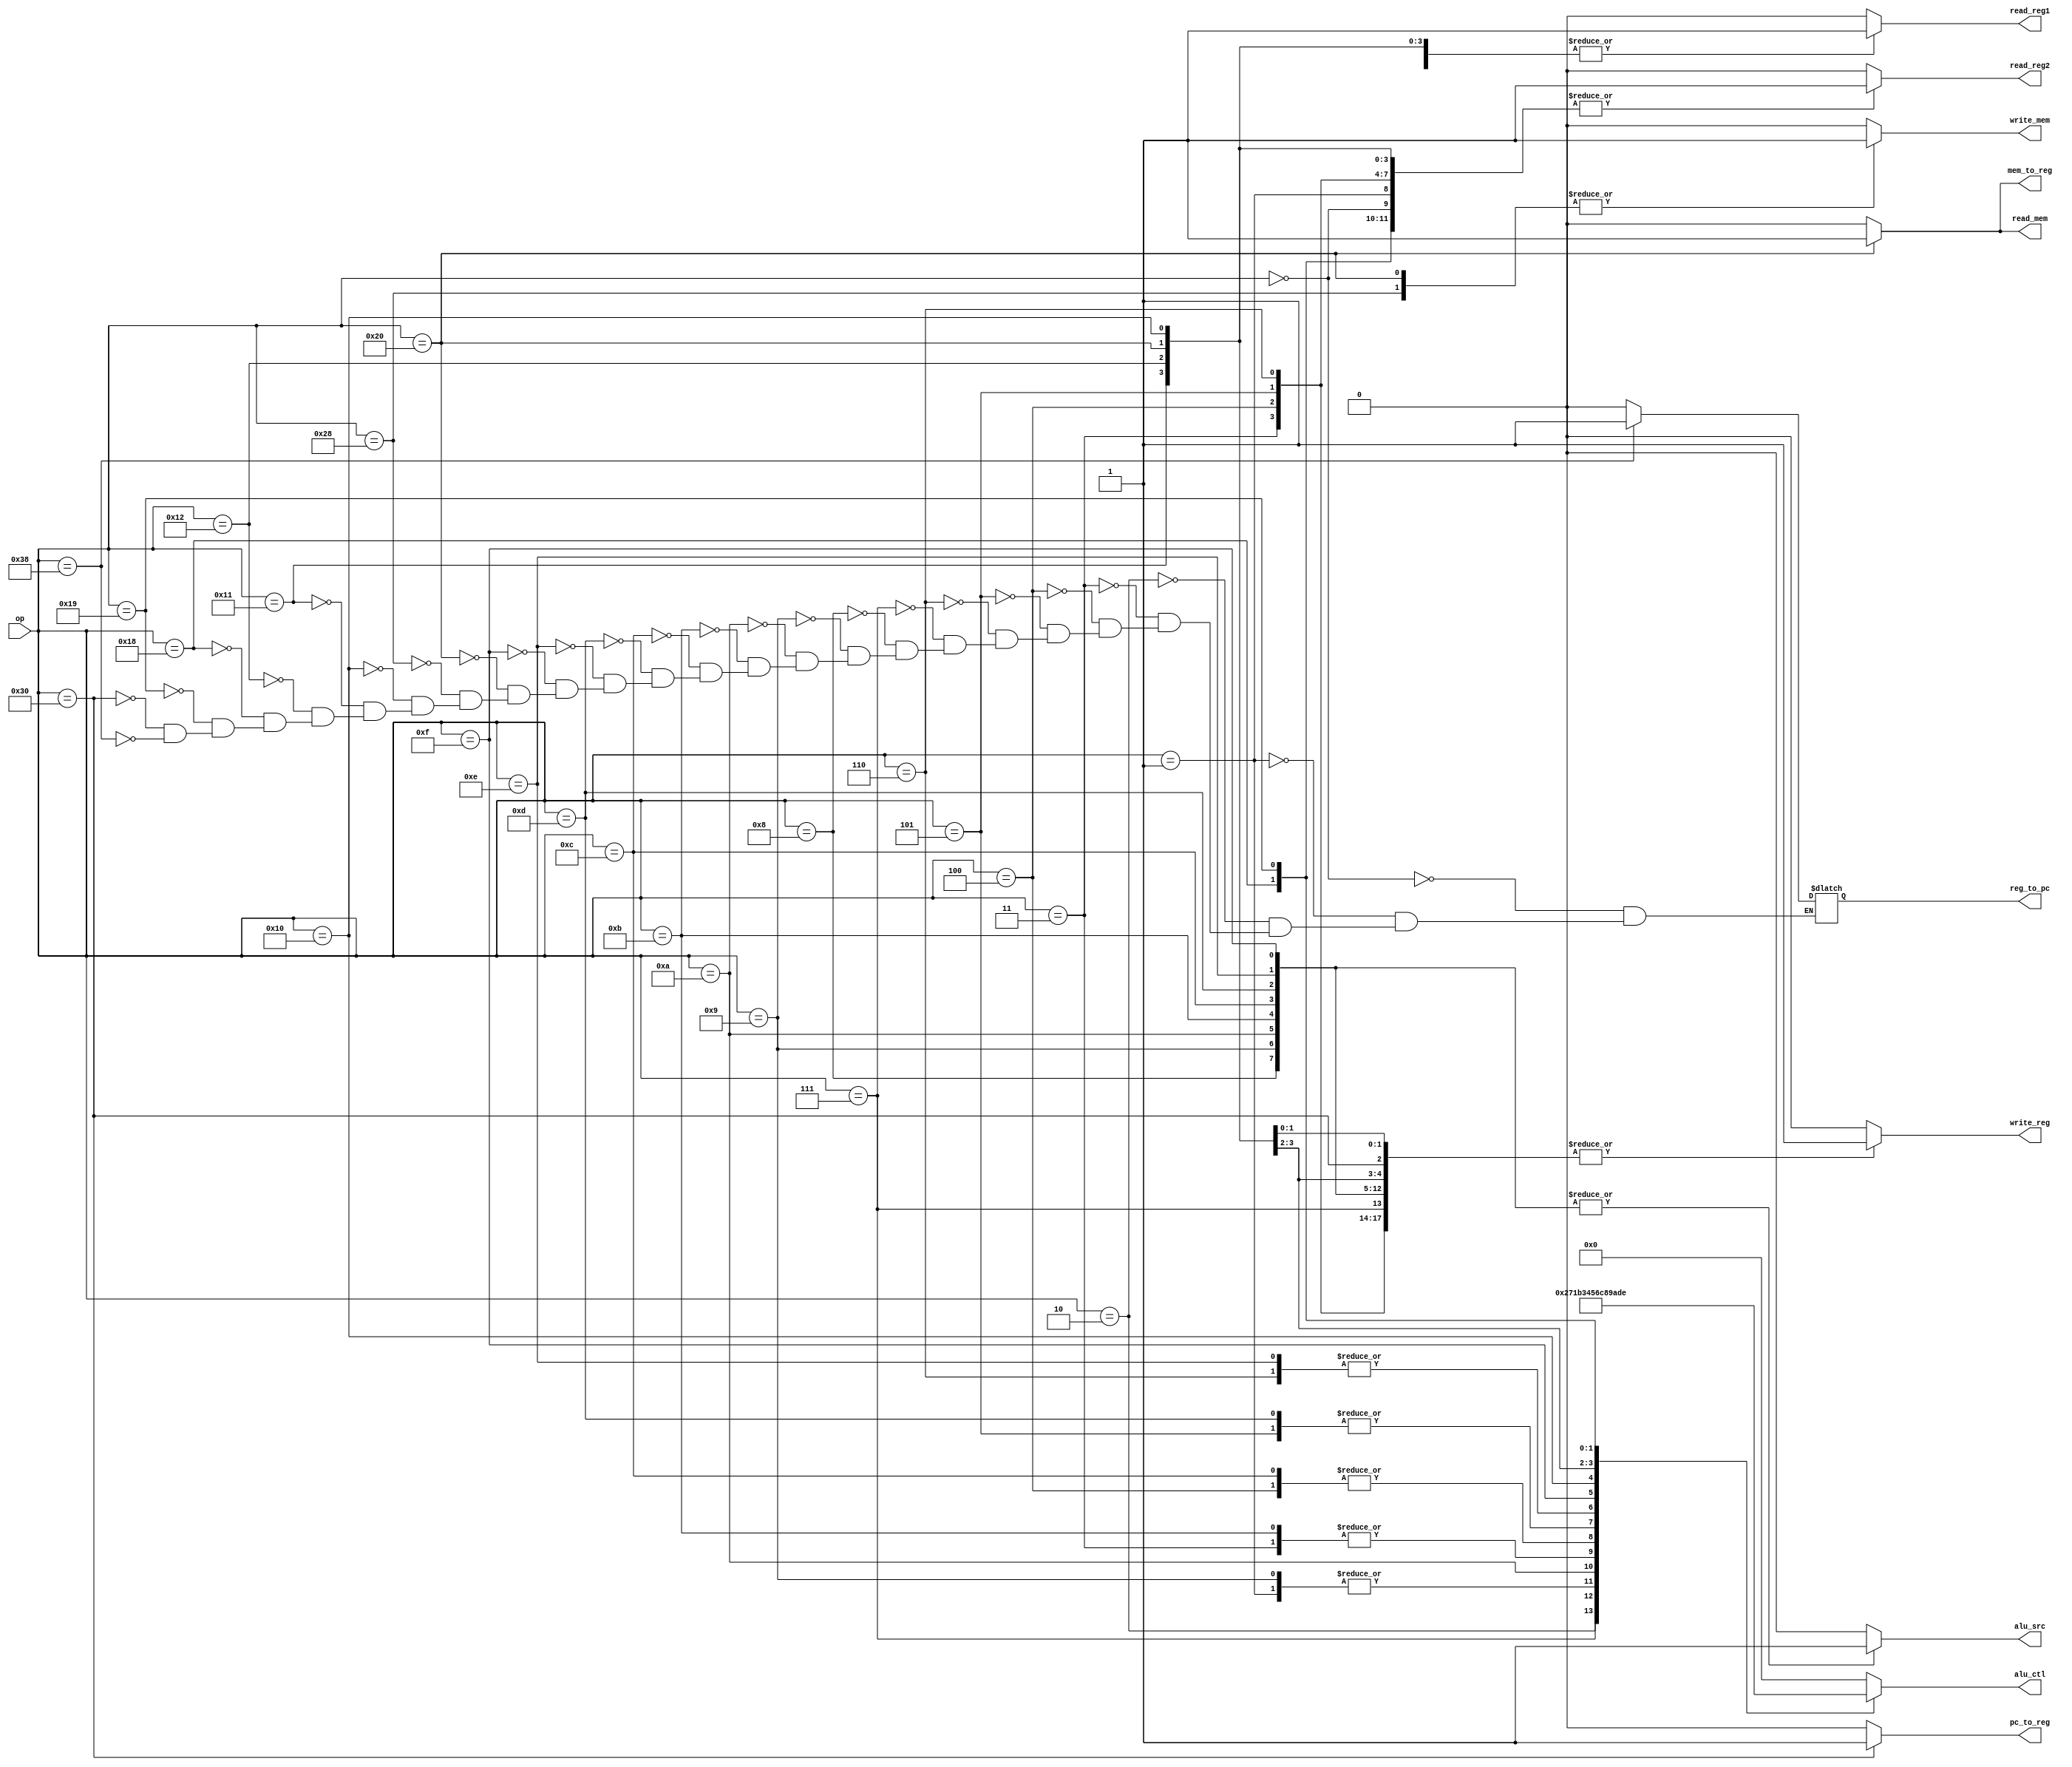
`timescale 1ns / 1ps

module control(
    op,
    read_reg1,
    read_reg2,
    write_reg,
    read_mem,
    write_mem,
    mem_to_reg,
    pc_to_reg,
    reg_to_pc,
    alu_src,
    alu_ctl
    );
    
input wire [5:0] op;        // to be decoded opcode
output reg read_reg1;       // pops the one top register of the stacks
output reg read_reg2;       // pops the two top register of the stacks
output reg write_reg;       // pushes the value
output reg read_mem;        // loads the value from memory
output reg write_mem;       // store the value to memory
output reg mem_to_reg;      // which result to be pushed in stack (0:alu result 1:the value stored in memory)
output reg pc_to_reg;       // store the pc value to register
output reg reg_to_pc;       // pops the top of the stack and stores it in the PC
output reg alu_src;         // register value or immediate value
output reg [3:0] alu_ctl;   // control alu
    
parameter ADD = 6'b000000;
parameter SUB = 6'b000001;
parameter NEG = 6'b000010;
parameter MULT = 6'b000011;
parameter AND = 6'b000100;
parameter OR = 6'b000101;
parameter XOR = 6'b000110;
parameter NOT = 6'b000111;
    
parameter ADDI = 6'b001000;
parameter SUBI = 6'b001001;
parameter NEGI = 6'b001010;
parameter MULTI = 6'b001011;
parameter ANDI = 6'b001100;
parameter ORI = 6'b001101;
parameter XORI = 6'b001110;
parameter NOTI = 6'b001111;

parameter PUSH = 6'b100000;

parameter POP = 6'b101000;

parameter EQ = 6'b010000;
parameter GT = 6'b010001;
parameter LEQ = 6'b010010;

parameter BRANCH_ZERO = 6'b011000;
parameter BRANCH_NZERO = 6'b011001;

parameter PUSH_PC = 6'b110000;

parameter POP_PC = 6'b111000;


always @(op) begin
    case(op)
    ADD : begin
        read_reg1 = 1;
        read_reg2 = 1;
        write_reg = 1;
        read_mem = 0;
        write_mem = 0;
        mem_to_reg = 0;
        pc_to_reg = 0;
        reg_to_pc = 0;
        alu_src = 0;
        alu_ctl = 4'b0000;
    end
    SUB : begin
        read_reg1 = 1;
        read_reg2 = 1;
        write_reg = 1;
        read_mem = 0;
        write_mem = 0;
        mem_to_reg = 0;
        pc_to_reg = 0;
        reg_to_pc = 0;
        alu_src = 0;
        alu_ctl = 4'b0001;
    end
    NEG : begin
        read_reg1 = 1;
        read_reg2 = 0;
        write_reg = 1;
        read_mem = 0;
        write_mem = 0;
        mem_to_reg = 0;
        pc_to_reg = 0;
        reg_to_pc = 0;
        alu_src = 0;
        alu_ctl = 4'b0010;
    end
    MULT : begin
        read_reg1 = 1;
        read_reg2 = 1;
        write_reg = 1;
        read_mem = 0;
        write_mem = 0;
        mem_to_reg = 0;
        pc_to_reg = 0;
        reg_to_pc = 0;
        alu_src = 0;
        alu_ctl = 4'b0011;
    end
    AND : begin
        read_reg1 = 1;
        read_reg2 = 1;
        write_reg = 1;
        read_mem = 0;
        write_mem = 0;
        mem_to_reg = 0;
        pc_to_reg = 0;
        reg_to_pc = 0;
        alu_src = 0;
        alu_ctl = 4'b0100;
    end
    OR : begin
        read_reg1 = 1;
        read_reg2 = 1;
        write_reg = 1;
        read_mem = 0;
        write_mem = 0;
        mem_to_reg = 0;
        pc_to_reg = 0;
        reg_to_pc = 0;
        alu_src = 0;
        alu_ctl = 4'b0101;
    end
    XOR : begin
        read_reg1 = 1;
        read_reg2 = 1;
        write_reg = 1;
        read_mem = 0;
        write_mem = 0;
        mem_to_reg = 0;
        pc_to_reg = 0;
        reg_to_pc = 0;
        alu_src = 0;
        alu_ctl = 4'b0110;
    end
    NOT : begin
        read_reg1 = 1;
        read_reg2 = 0;
        write_reg = 1;
        read_mem = 0;
        write_mem = 0;
        mem_to_reg = 0;
        pc_to_reg = 0;
        reg_to_pc = 0;
        alu_src = 0;
        alu_ctl = 4'b0111;
    end
    
    
    ADDI : begin
        read_reg1 = 1;
        read_reg2 = 0;
        write_reg = 1;
        read_mem = 0;
        write_mem = 0;
        mem_to_reg = 0;
        pc_to_reg = 0;
        reg_to_pc = 0;
        alu_src = 1;
        alu_ctl = 4'b0000;
    end
    SUBI: begin
        read_reg1 = 1;
        read_reg2 = 0;
        write_reg = 1;
        read_mem = 0;
        write_mem = 0;
        mem_to_reg = 0;
        pc_to_reg = 0;
        reg_to_pc = 0;
        alu_src = 1;
        alu_ctl = 4'b0001;
    end
    NEGI : begin
        read_reg1 = 0;
        read_reg2 = 0;
        write_reg = 1;
        read_mem = 0;
        write_mem = 0;
        mem_to_reg = 0;
        pc_to_reg = 0;
        reg_to_pc = 0;
        alu_src = 1;
        alu_ctl = 4'b1011;
    end
    MULTI : begin
        read_reg1 = 1;
        read_reg2 = 0;
        write_reg = 1;
        read_mem = 0;
        write_mem = 0;
        mem_to_reg = 0;
        pc_to_reg = 0;
        reg_to_pc = 0;
        alu_src = 1;
        alu_ctl = 4'b0011;
    end
    ANDI : begin
        read_reg1 = 1;
        read_reg2 = 0;
        write_reg = 1;
        read_mem = 0;
        write_mem = 0;
        mem_to_reg = 0;
        pc_to_reg = 0;
        reg_to_pc = 0;
        alu_src = 1;
        alu_ctl = 4'b0100;
    end
    ORI : begin
        read_reg1 = 1;
        read_reg2 = 0;
        write_reg = 1;
        read_mem = 0;
        write_mem = 0;
        mem_to_reg = 0;
        pc_to_reg = 0;
        reg_to_pc = 0;
        alu_src = 1;
        alu_ctl = 4'b0101;
    end
    XORI : begin
        read_reg1 = 1;
        read_reg2 = 0;
        write_reg = 1;
        read_mem = 0;
        write_mem = 0;
        mem_to_reg = 0;
        pc_to_reg = 0;
        reg_to_pc = 0;
        alu_src = 1;
        alu_ctl = 4'b0110;
    end
    NOTI : begin
        read_reg1 = 0;
        read_reg2 = 0;
        write_reg = 1;
        read_mem = 0;
        write_mem = 0;
        mem_to_reg = 0;
        pc_to_reg = 0;
        reg_to_pc = 0;
        alu_src = 1;
        alu_ctl = 4'b1100;
    end
        
    PUSH : begin
        read_reg1 = 1;
        read_reg2 = 1;
        write_reg = 1;
        read_mem = 1;
        write_mem = 1;
        mem_to_reg = 1;
        pc_to_reg = 0;
        reg_to_pc = 0;
        alu_src = 0;
        alu_ctl = 4'b0000;
    end
        
    POP : begin
        read_reg1 = 1;
        read_reg2 = 1;
        write_reg = 0;
        read_mem = 0;
        write_mem = 1;
        mem_to_reg = 0;
        pc_to_reg = 0;
        reg_to_pc = 0;
        alu_src = 0;
        alu_ctl = 4'b0000;
    end
        
    EQ : begin
        read_reg1 = 1;
        read_reg2 = 1;
        write_reg = 1;
        read_mem = 0;
        write_mem = 0;
        mem_to_reg = 0;
        pc_to_reg = 0;
        reg_to_pc = 0;
        alu_src = 0;
        alu_ctl = 4'b1000;
    end        
    GT : begin
        read_reg1 = 1;
        read_reg2 = 1;
        write_reg = 1;
        read_mem = 0;
        write_mem = 0;
        mem_to_reg = 0;
        pc_to_reg = 0;
        reg_to_pc = 0;
        alu_src = 0;
        alu_ctl = 4'b1001;
    end
    LEQ : begin
        read_reg1 = 1;
        read_reg2 = 1;
        write_reg = 1;
        read_mem = 0;
        write_mem = 0;
        mem_to_reg = 0;
        pc_to_reg = 0;
        reg_to_pc = 0;
        alu_src = 0;
        alu_ctl = 4'b1010;
    end    
    
    BRANCH_ZERO : begin
        read_reg1 = 1;
        read_reg2 = 1;
        write_reg = 0;
        read_mem = 0;
        write_mem = 0;
        mem_to_reg = 0;
        pc_to_reg = 0;
        reg_to_pc = 0;
        alu_src = 0;
        alu_ctl = 4'b1101;
    end
    BRANCH_NZERO : begin
        read_reg1 = 1;
        read_reg2 = 1;
        write_reg = 0;
        read_mem = 0;
        write_mem = 0;
        mem_to_reg = 0;
        pc_to_reg = 0;
        reg_to_pc = 0;
        alu_src = 0;
        alu_ctl = 4'b1110;
    end
    
    
    PUSH_PC : begin
        read_reg1 = 0;
        read_reg2 = 0;
        write_reg = 1;
        read_mem = 0;
        write_mem = 0;
        mem_to_reg = 0;
        pc_to_reg = 1;
        reg_to_pc = 0;
        alu_src = 0;
        alu_ctl = 4'b0000;
    end

    POP_PC : begin
        read_reg1 = 1;
        read_reg2 = 0;
        write_reg = 0;
        read_mem = 0;
        write_mem = 0;
        mem_to_reg = 0;
        pc_to_reg = 0;
        reg_to_pc = 1;
        alu_src = 0;
        alu_ctl = 4'b0000;
    end    
    default : begin
        read_reg1 = 0;
        read_reg2 = 0;
        write_reg = 0;
        read_mem = 0;
        write_mem = 0;
        mem_to_reg = 0;
        pc_to_reg = 0;
        alu_src = 0;
        alu_ctl = 4'b0000;
    end    
    endcase
end
    
endmodule